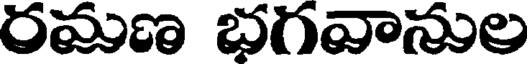
రమణ భగవానుల